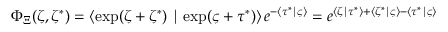
\Phi _ { \Xi } ( \zeta , \zeta ^ { * } ) = \left\langle \exp ( \zeta + \zeta ^ { * } ) \mid \exp ( \varsigma + \tau ^ { * } ) \right\rangle e ^ { - \left\langle \tau ^ { * } \mid \varsigma \right\rangle } = e ^ { \left\langle \zeta \mid \tau ^ { * } \right\rangle + \left\langle \zeta ^ { * } \mid \varsigma \right\rangle - \left\langle \tau ^ { * } \mid \varsigma \right\rangle }